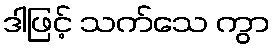
ဒါဖြင့် သက်သေ ကွာ